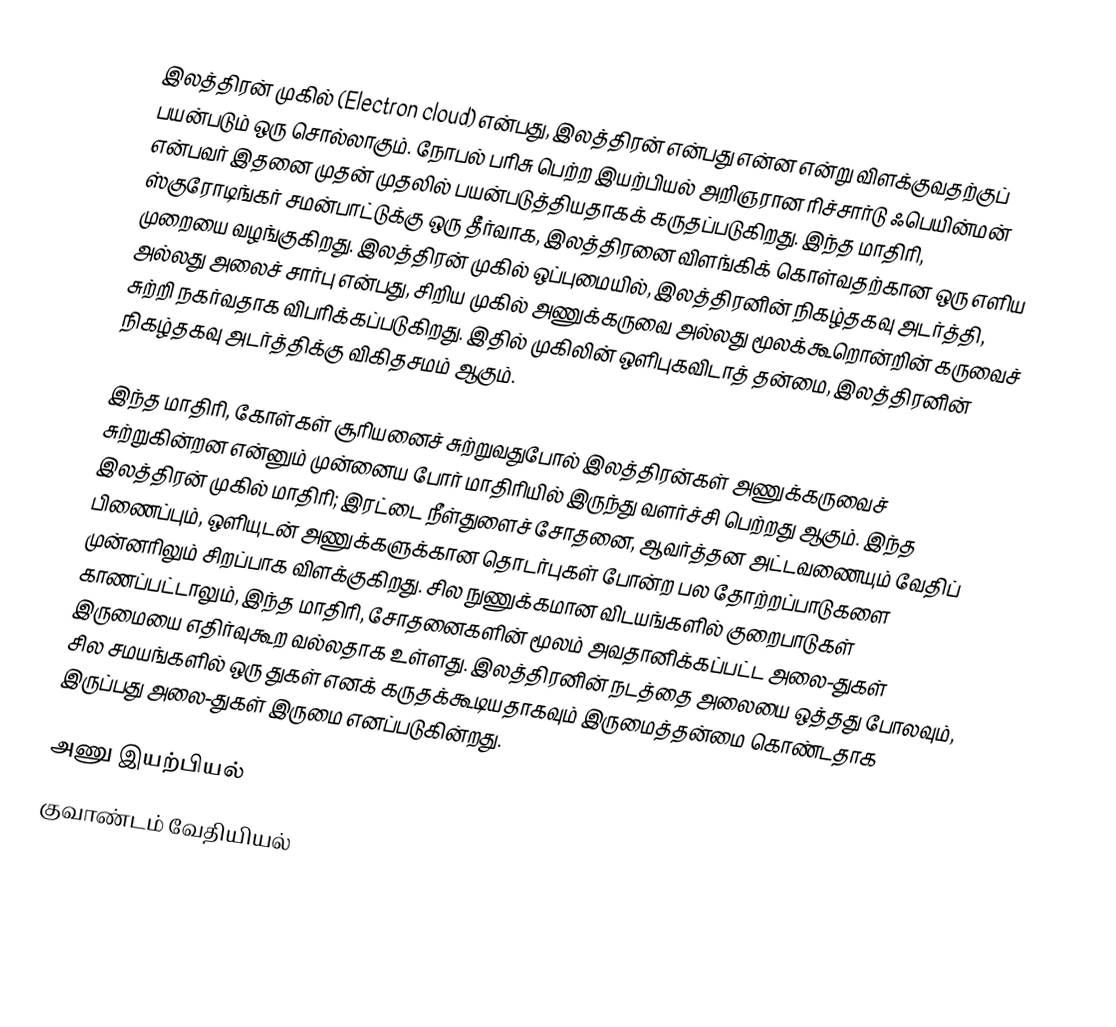
இலத்திரன் முகில் (Electron cloud) என்பது, இலத்திரன் என்பது என்ன என்று விளக்குவதற்குப் பயன்படும் ஒரு சொல்லாகும். நோபல் பரிசு பெற்ற இயற்பியல் அறிஞரான ரிச்சார்டு ஃபெயின்மன் என்பவர் இதனை முதன் முதலில் பயன்படுத்தியதாகக் கருதப்படுகிறது. இந்த மாதிரி, ஸ்குரோடிங்கர் சமன்பாட்டுக்கு ஒரு தீர்வாக, இலத்திரனை விளங்கிக் கொள்வதற்கான ஒரு எளிய முறையை வழங்குகிறது. இலத்திரன் முகில் ஒப்புமையில், இலத்திரனின் நிகழ்தகவு அடர்த்தி, அல்லது அலைச் சார்பு என்பது, சிறிய முகில் அணுக்கருவை அல்லது மூலக்கூறொன்றின் கருவைச் சுற்றி நகர்வதாக விபரிக்கப்படுகிறது. இதில் முகிலின் ஒளிபுகவிடாத் தன்மை, இலத்திரனின் நிகழ்தகவு அடர்த்திக்கு விகிதசமம் ஆகும்.

இந்த மாதிரி, கோள்கள் சூரியனைச் சுற்றுவதுபோல் இலத்திரன்கள் அணுக்கருவைச் சுற்றுகின்றன என்னும் முன்னைய போர் மாதிரியில் இருந்து வளர்ச்சி பெற்றது ஆகும். இந்த இலத்திரன் முகில் மாதிரி; இரட்டை நீள்துளைச் சோதனை, ஆவர்த்தன அட்டவணையும் வேதிப் பிணைப்பும், ஒளியுடன் அணுக்களுக்கான தொடர்புகள் போன்ற பல தோற்றப்பாடுகளை முன்னரிலும் சிறப்பாக விளக்குகிறது. சில நுணுக்கமான விடயங்களில் குறைபாடுகள் காணப்பட்டாலும், இந்த மாதிரி, சோதனைகளின் மூலம் அவதானிக்கப்பட்ட அலை-துகள் இருமையை எதிர்வுகூற வல்லதாக உள்ளது. இலத்திரனின் நடத்தை அலையை ஒத்தது போலவும், சில சமயங்களில் ஒரு துகள் எனக் கருதக்கூடியதாகவும் இருமைத்தன்மை கொண்டதாக இருப்பது அலை-துகள் இருமை எனப்படுகின்றது.

அணு இயற்பியல்
குவாண்டம் வேதியியல்